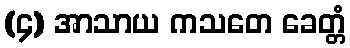
(၄) အာသာယ ကသတေ ခေတ္တံ